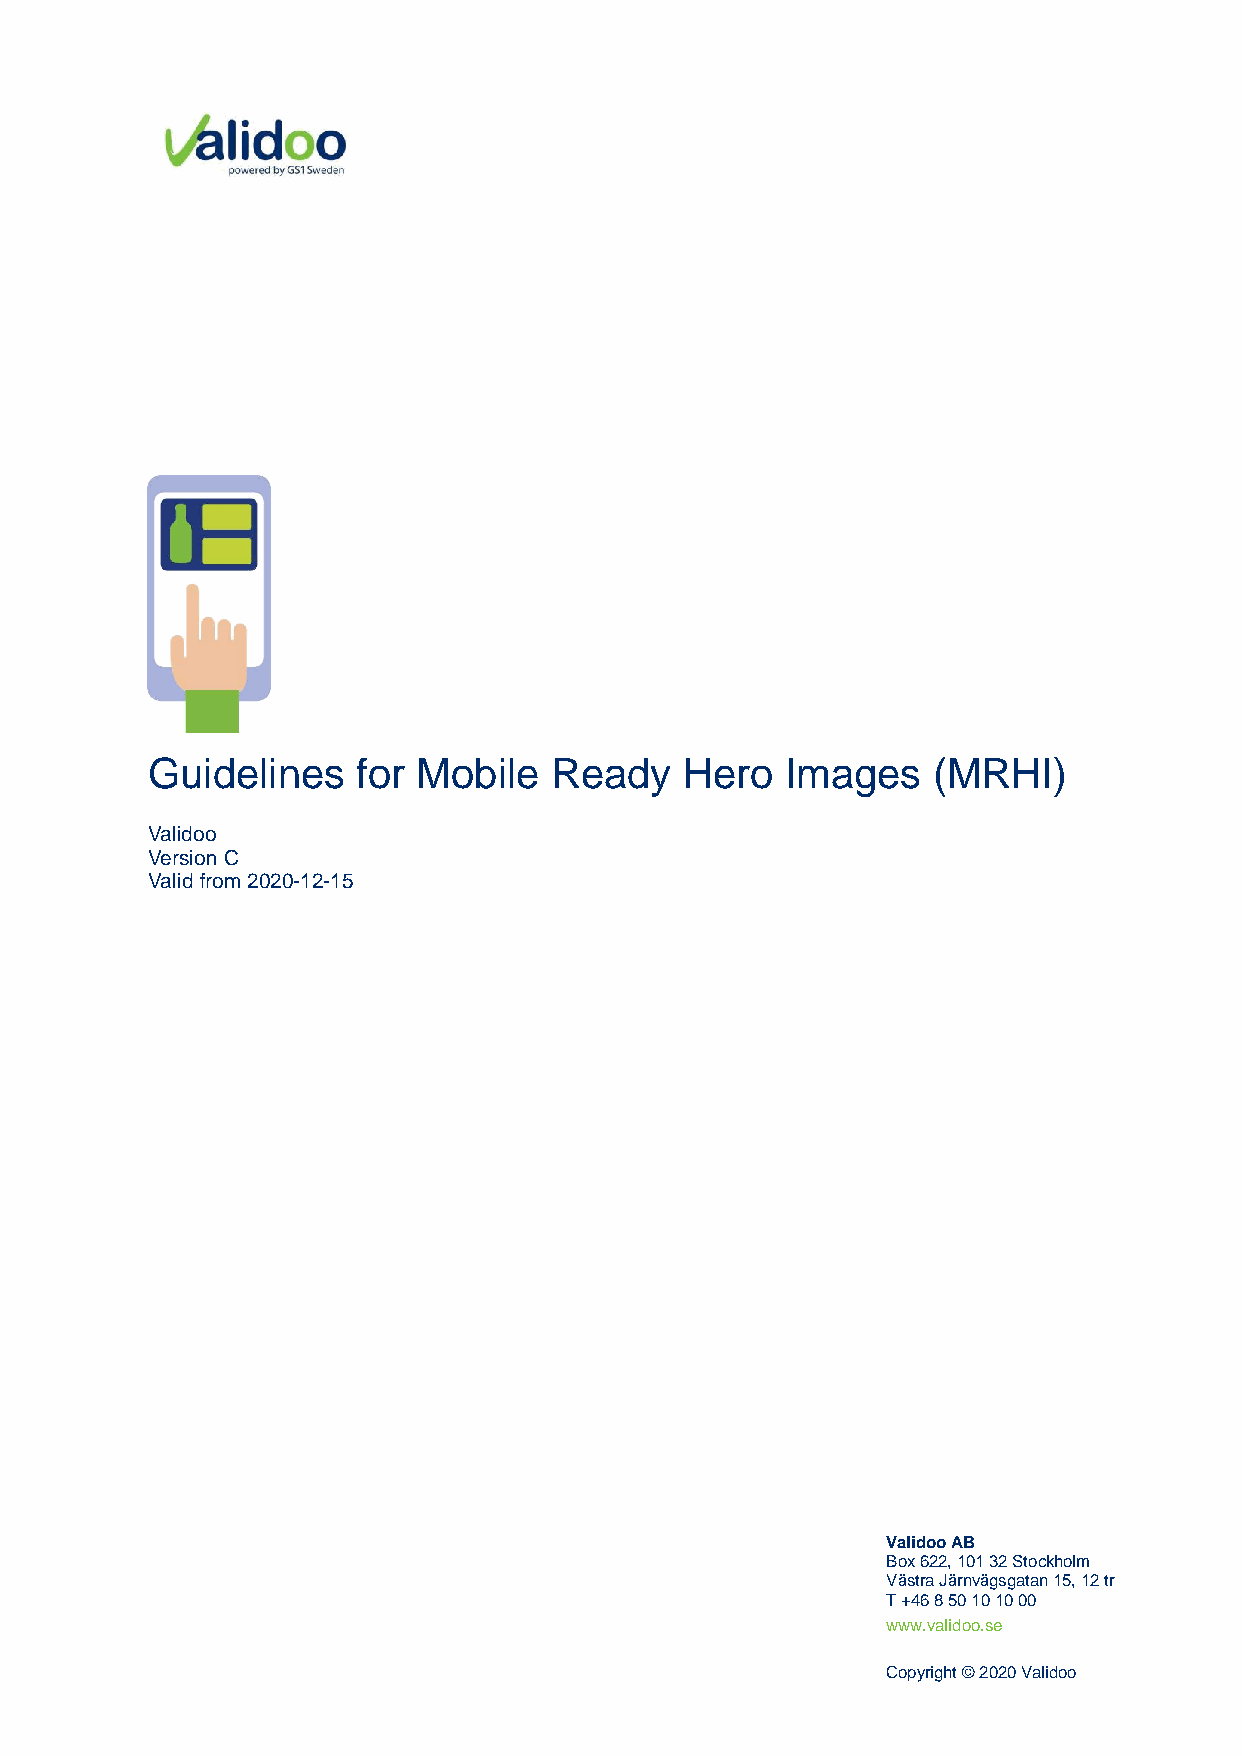
Guidelines    for Mobile  Ready    Hero   Images    (MRHI)
 Validoo
 Version C
 Valid from 2020-12-15
 Validoo AB
 Box 622, 101 32 Stockholm
 Västra Järnvägsgatan 15, 12 tr
 T +46 8 50 10 10 00
 www.validoo.se
 Copyright © 2020 Validoo